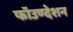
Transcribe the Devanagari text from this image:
फॉउण्देशन